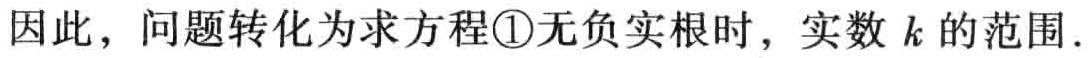
因此，问题转化为求方程\textcircled{1}无负实根时，实数 \(k\) 的范围.